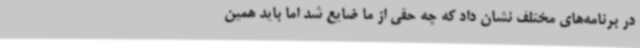
در برنامه‌های مختلف نشان داد که چه حقی از ما ضایع شد اما باید همین